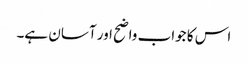
اس کا جواب واضح اور آسان ہے۔